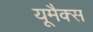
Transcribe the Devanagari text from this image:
यूमैक्स